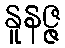
နူနဇ္ဇ